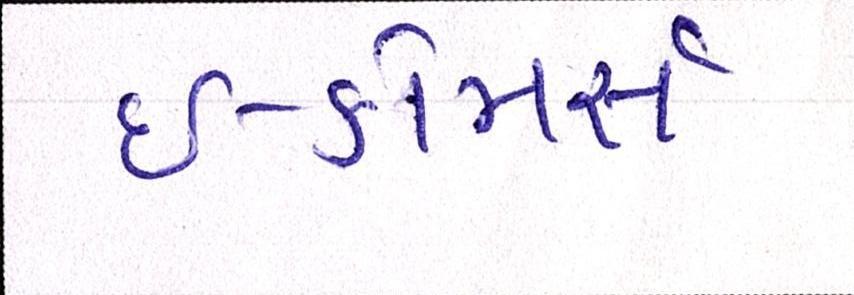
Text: ઇ-કોમસૅ